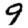
Digit: 9